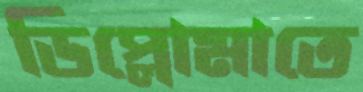
ডিপ্লোমাতে